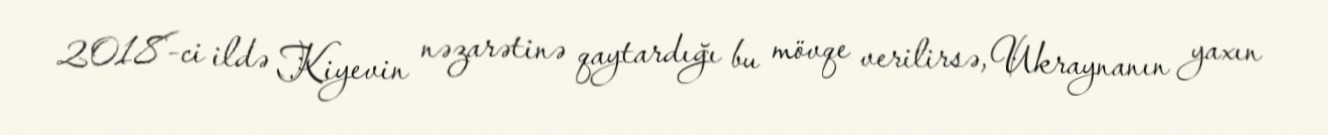
2018-ci ildə Kiyevin nəzarətinə qaytardığı bu mövqe verilirsə, Ukraynanın yaxın